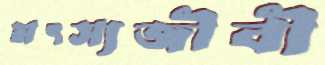
মৎস্যজীবী